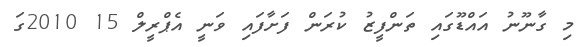
މި ގާނޫނު އައްޑޫގައި ތަންފީޒު ކުރަން ފަށާފައި ވަނީ އެޕްރީލް 15 2010ގަ